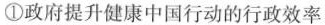
①政府提升健康中国行动的行政效率